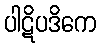
ပါဋိပဒိကေ